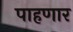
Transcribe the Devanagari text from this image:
पाहणार